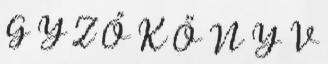
G Y Z Ő K Ö N Y V